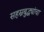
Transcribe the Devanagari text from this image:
सहस्रबुद्ध्यांचा